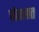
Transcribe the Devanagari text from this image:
चौतालात